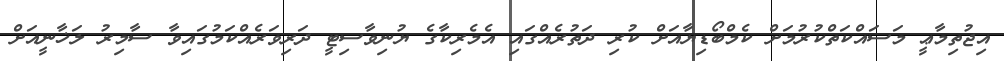
އިޖުތިމާޢީ މަސައްކަތްކުރުމަށް ކެމްބޯޑިޔާއަށް ކުރި ދަތުރެއްގައި އެމެރިކާގެ ޔުނިވާސިޓީ ދަރިވަރެއްކަމުގައިވާ ސާމިރު ލަޚާނީއަށް